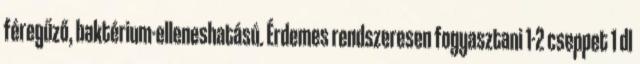
féregűző, baktérium-elleneshatású. Érdemes rendszeresen fogyasztani 1-2 cseppet 1 dl